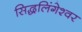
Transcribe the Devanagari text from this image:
सिद्धलिंगेश्वर